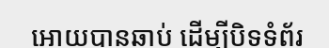
អោយបានឆាប់ ដើម្បីបិទទំព័រ